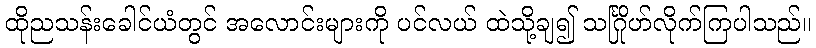
ထိုညသန်းခေါင်ယံတွင် အလောင်းများကို ပင်လယ် ထဲသို့ချ၍ သင်္ဂြိုဟ်လိုက်ကြပါသည်။